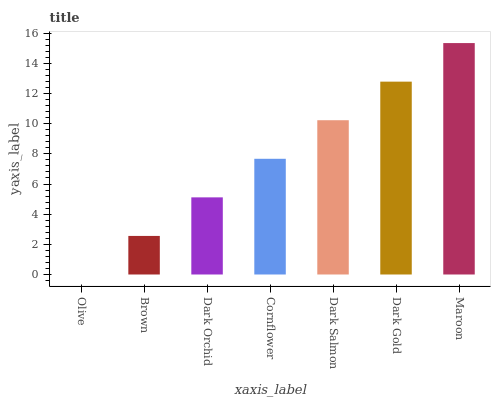
| xaxis_label | bars |
 | --- | --- |
 | Olive | 0 |
 | Brown | 2.56 |
 | Dark Orchid | 5.12 |
 | Cornflower | 7.67 |
 | Dark Salmon | 10.2 |
 | Dark Gold | 12.8 |
 | Maroon | 15.3 |